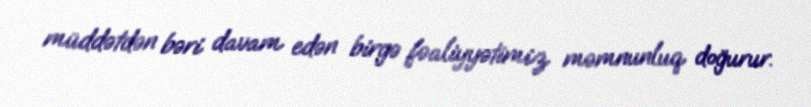
müddətdən bəri davam edən birgə fəaliyyətimiz məmnunluq doğurur.